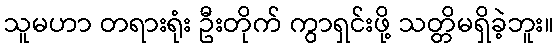
သူမဟာ တရားရုံး ဦးတိုက် ကွာရှင်းဖို့ သတ္တိမရှိခဲ့ဘူး။